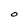
Character: O